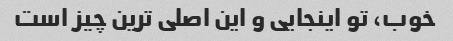
خوب، تو اینجایی و این اصلی ترین چیز است